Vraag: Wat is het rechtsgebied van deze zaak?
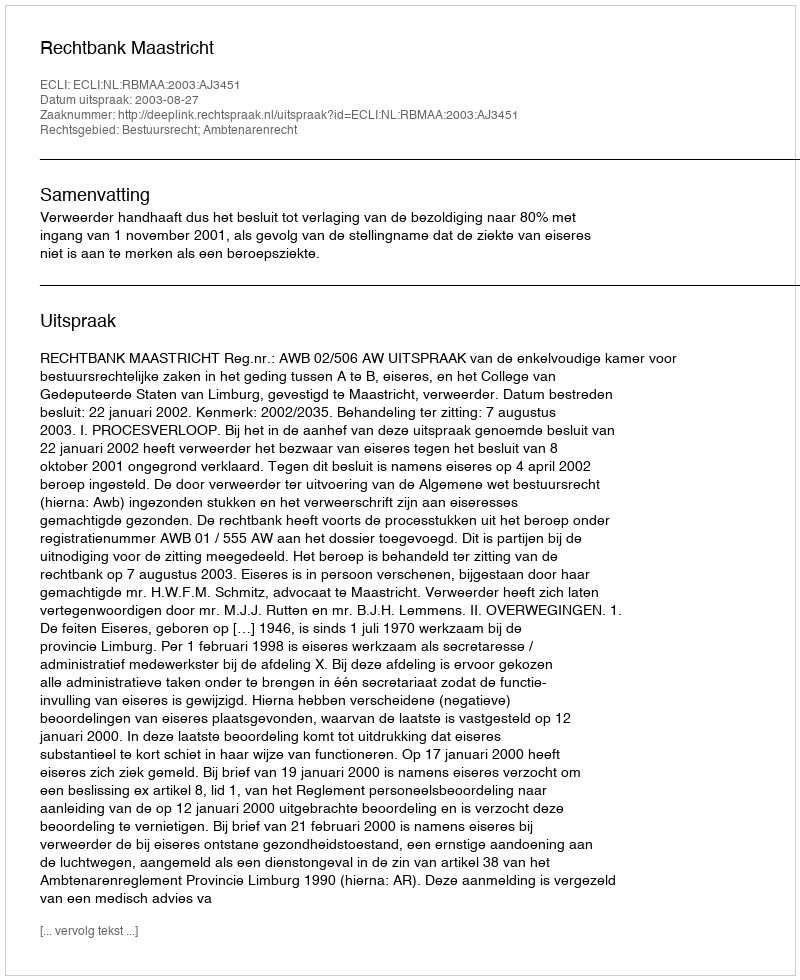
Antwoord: Bestuursrecht; Ambtenarenrecht